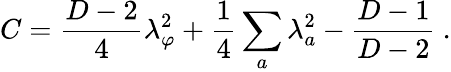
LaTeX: C={\frac{D-2}{4}}\lambda_{\varphi}^{2}+{\frac{1}{4}}\sum_{a}\lambda_{a}^{2}-{\frac{D-1}{D-2}}\ .